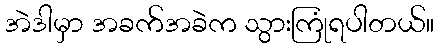
အဲဒါမှာ အခက်အခဲက သွားကြုံရပါတယ်။